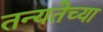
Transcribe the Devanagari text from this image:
तन्यतेच्या